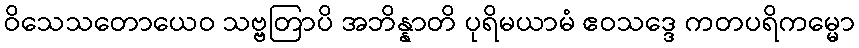
ဝိသေသတောယေဝ သဗ္ဗတြာပိ အဘိန္နာတိ ပုရိမယာမံ ဧဝသဒ္ဒေ ကတပရိကမ္မော